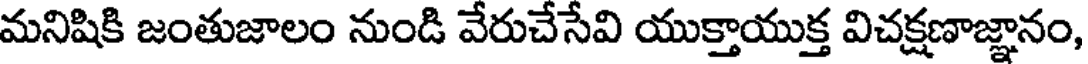
మనిషికి జంతుజాలం నుండి వేరుచేసేవి యుక్తాయుక్త విచక్షణాజ్ఞానం,